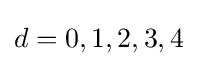
d=0,1,2,3,4